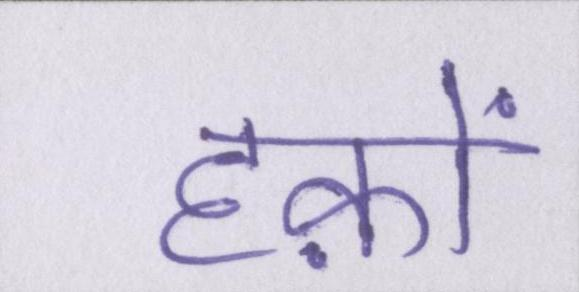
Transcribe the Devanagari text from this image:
हक़ों